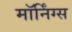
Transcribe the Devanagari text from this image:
मॉर्निंग्स